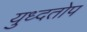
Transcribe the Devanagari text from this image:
युध्दतोप